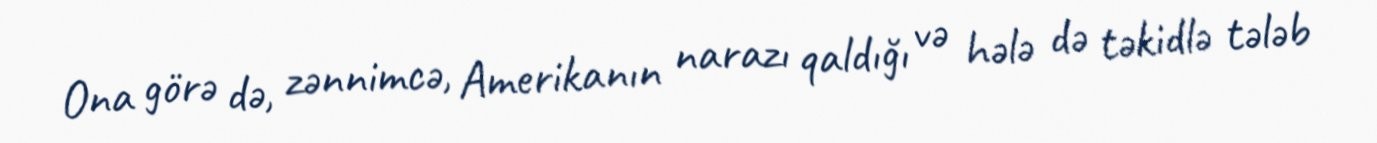
Ona görə də, zənnimcə, Amerikanın narazı qaldığı və hələ də təkidlə tələb